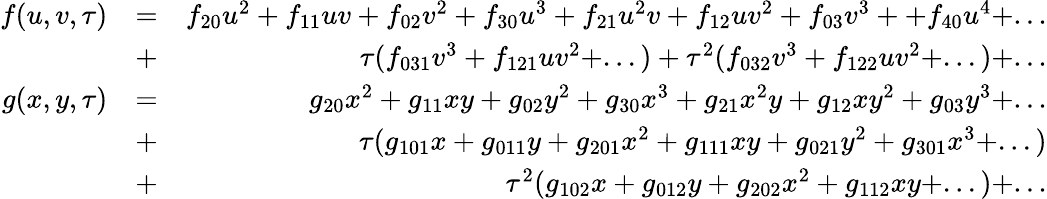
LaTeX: \begin{array}{rlr}{f(u,v,\tau)}&{=}&{f_{20}u^{2}+f_{11}uv+f_{02}v^{2}+f_{30}u^{3}+f_{21}u^{2}v+f_{12}uv^{2}+f_{03}v^{3}++f_{40}u^{4}+...}\\ &{+}&{\tau(f_{031}v^{3}+f_{121}uv^{2}+...)+\tau^{2}(f_{032}v^{3}+f_{122}uv^{2}+...)+...}\\ {g(x,y,\tau)}&{=}&{g_{20}x^{2}+g_{11}xy+g_{02}y^{2}+g_{30}x^{3}+g_{21}x^{2}y+g_{12}xy^{2}+g_{03}y^{3}+...}\\ &{+}&{\tau(g_{101}x+g_{011}y+g_{201}x^{2}+g_{111}xy+g_{021}y^{2}+g_{301}x^{3}+...)}\\ &{+}&{\tau^{2}(g_{102}x+g_{012}y+g_{202}x^{2}+g_{112}xy+...)+...}\end{array}